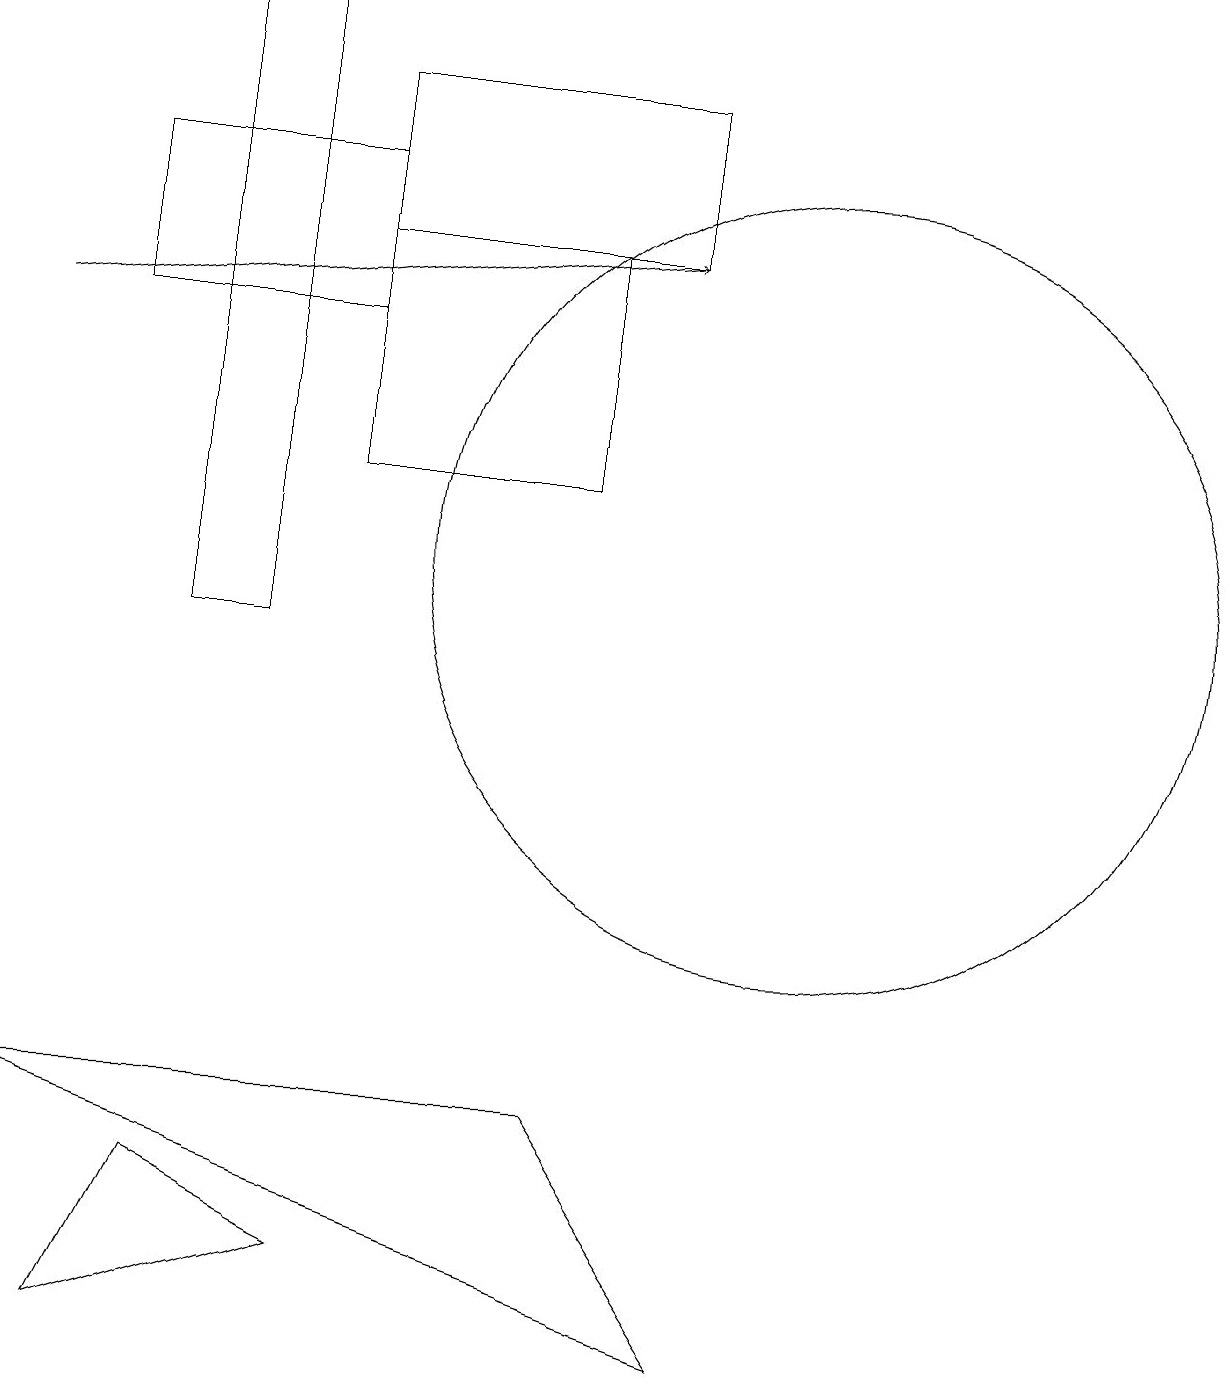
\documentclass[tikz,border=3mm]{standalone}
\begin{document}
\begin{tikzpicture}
\draw (7,13) rectangle (4,16);
\draw (10,12) circle (5);
\draw (2,11) rectangle (3,19);
\draw (4,15) rectangle (1,17);
\draw (0,5) -- (7,5) -- (9,2) -- cycle;
\draw[->] (0,15) -- (8,16);
\draw (2,4) -- (1,2) -- (4,3) -- cycle;
\draw (4,18) rectangle (8,16);
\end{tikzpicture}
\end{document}